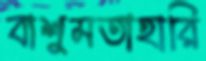
বাশুমতাহারি